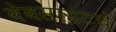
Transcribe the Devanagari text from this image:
वेबसाइटचे